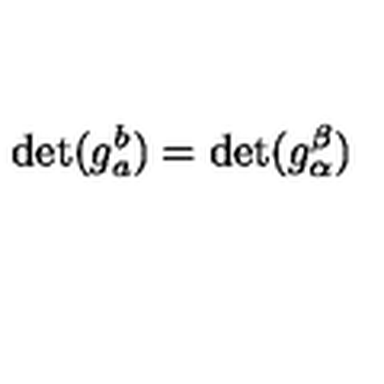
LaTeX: \det ( g _ { a } ^ { b } ) = \det ( g _ { \alpha } ^ { \beta } )